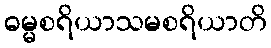
ဓမ္မစရိယာသမစရိယာတိ